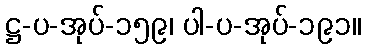
ဋ္ဌ-ပ-အုပ်-၁၅၉၊ ပါ-ပ-အုပ်-၁၉၁။